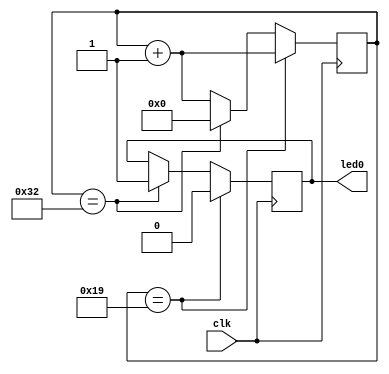
`timescale 1ns / 1ps
//////////////////////////////////////////////////////////////////////////////////
// Company: 
// Engineer: 
// 
// Design Name: 
// Module Name:    blinking_led 
// Project Name: 
// Target Devices: 
// Tool versions: 
// Description: 
//
// Dependencies: 
//
// Revision: 
// Revision 0.01 - File Created
// Additional Comments: 
//
//////////////////////////////////////////////////////////////////////////////////
`define OFF_TIME 25
`define ON_TIME (`OFF_TIME*2)

module blinking_led(clk, led0);
	input clk;
	output led0;
	reg led0 = 1'b1;
	reg [31:0] counter = 0;
	
	
	always@(posedge clk) begin
		if(counter == `OFF_TIME) begin
			led0 <=1'b0;
			counter <= counter + 1;

		end
		else if( counter == `ON_TIME) begin
			led0 <= 1'b1;
			counter <= 0;
		end 
		else begin
			led0 <= led0;
			counter <= counter + 1;

		end
		//led0 = ~led0;
	end

endmodule